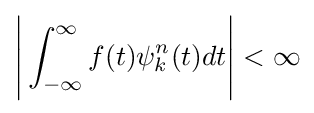
{\Bigg |}\int _{-\infty }^{\infty }f(t)\psi _{k}^{n}(t)dt{\Bigg |}<\infty